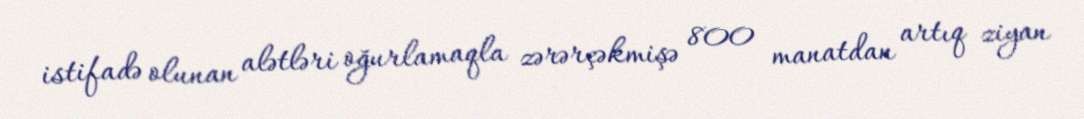
istifadə olunan alətləri oğurlamaqla zərərçəkmişə 800 manatdan artıq ziyan